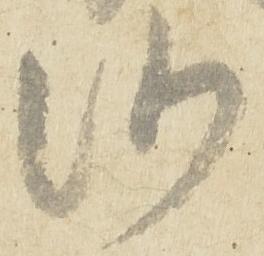
候